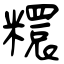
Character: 糫